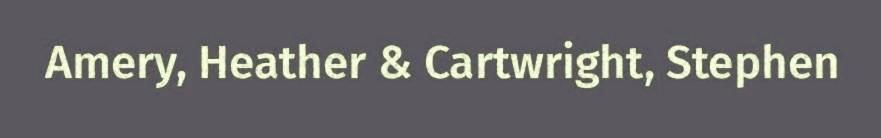
Amery, Heather & Cartwright, Stephen